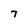
Character: T